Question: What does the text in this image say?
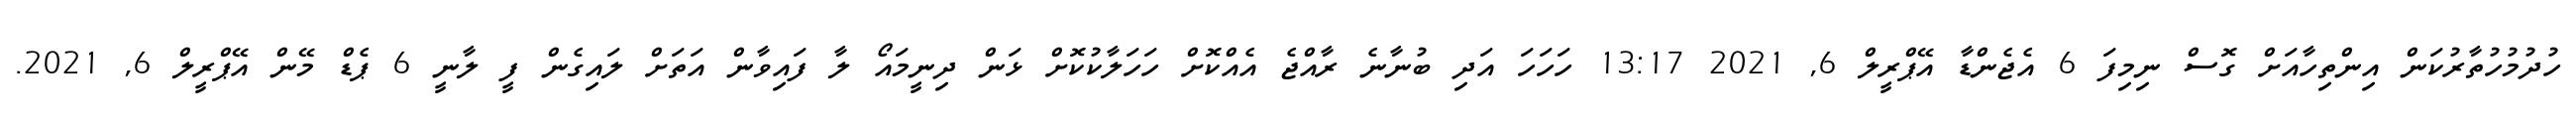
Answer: ހުދުމުހުތާރުކަން އިންތިހާއަށް ގޮސް ނިމިފަ 6 އެޖެންޑާ އޭޕްރީލް 6, 2021 13:17 ހަހަހަ އަދި ބުނާނެ ރާއްޖެ އެއްކޮށް ހަހަލާކުކޮށް ޅަން ދިނީމައޯ ލާ ފައިވާން އަތަށް ލައިގެން ފީ ލާނީ 6 ޕެޑް މޭން އޭޕްރީލް 6, 2021.